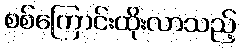
စစ်ကြောင်းထိုးလာသည့်